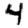
Digit: 4